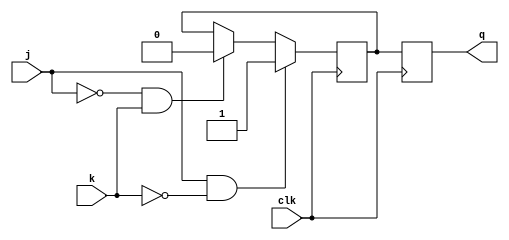
module jk_ff (
    input j, // input J
    input k, // input K
    input clk, // clock
    output reg q // output Q
);

reg masterQ; // master flip-flop output
reg slaveQ; // slave flip-flop output

always @(posedge clk) begin
    if (j & !k)
        masterQ <= 1;
    else if (!j & k)
        masterQ <= 0;
end

always @(negedge clk) begin
    q <= slaveQ;
    if (j & !k)
        slaveQ <= 1;
    else if (!j & k)
        slaveQ <= 0;
end

endmodule